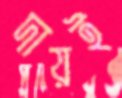
দায়ই